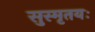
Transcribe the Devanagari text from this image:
सुस्मृतयः